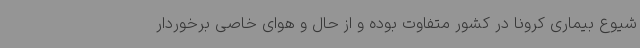
شیوع بیماری کرونا در کشور متفاوت بوده و از حال و هوای خاصی برخوردار